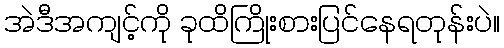
အဲဒီအကျင့်ကို ခုထိကြိုးစားပြင်နေရတုန်းပဲ။